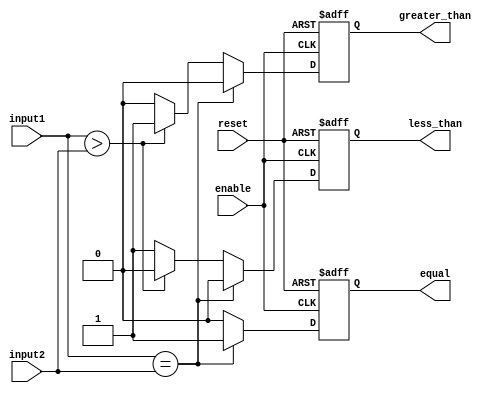
module comparator (
    input [7:0] input1,
    input [7:0] input2,
    input enable,
    input reset,
    output equal,
    output greater_than,
    output less_than
);

reg equal, greater_than, less_than;

always @(posedge enable or posedge reset) begin
    if (reset)
        begin
            equal <= 1'b0;
            greater_than <= 1'b0;
            less_than <= 1'b0;
        end
    else
        begin
            if (input1 == input2)
                begin
                    equal <= 1'b1;
                    greater_than <= 1'b0;
                    less_than <= 1'b0;
                end
            else if (input1 > input2)
                begin
                    equal <= 1'b0;
                    greater_than <= 1'b1;
                    less_than <= 1'b0;
                end
            else
                begin
                    equal <= 1'b0;
                    greater_than <= 1'b0;
                    less_than <= 1'b1;
                end
        end
end

endmodule